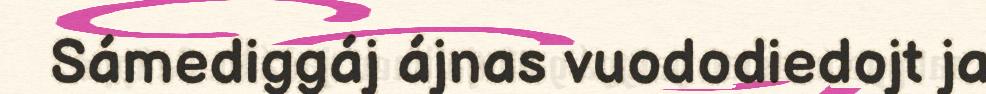
Sámediggáj ájnas vuododiedojt ja